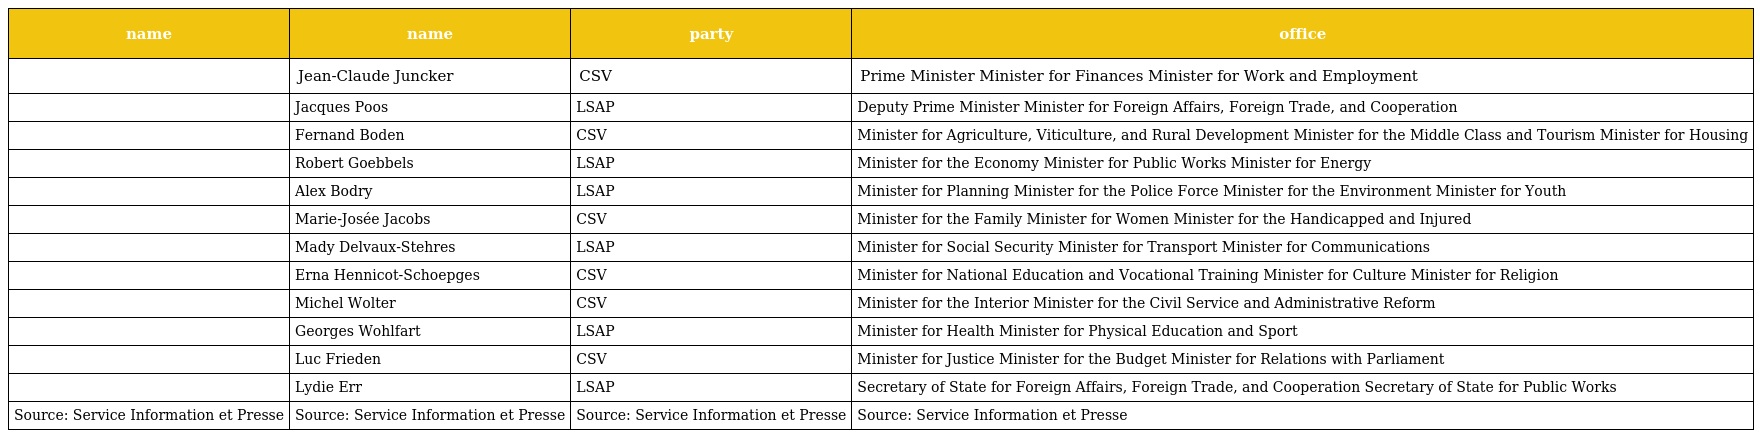
| name | name | party | office |
 | --- | --- | --- | --- |
 |  | Jean-Claude Juncker | CSV | Prime Minister Minister for Finances Minister for Work and Employment |
 |  | Jacques Poos | LSAP | Deputy Prime Minister Minister for Foreign Affairs, Foreign Trade, and Cooperation |
 |  | Fernand Boden | CSV | Minister for Agriculture, Viticulture, and Rural Development Minister for the Middle Class and Tourism Minister for Housing |
 |  | Robert Goebbels | LSAP | Minister for the Economy Minister for Public Works Minister for Energy |
 |  | Alex Bodry | LSAP | Minister for Planning Minister for the Police Force Minister for the Environment Minister for Youth |
 |  | Marie-Josée Jacobs | CSV | Minister for the Family Minister for Women Minister for the Handicapped and Injured |
 |  | Mady Delvaux-Stehres | LSAP | Minister for Social Security Minister for Transport Minister for Communications |
 |  | Erna Hennicot-Schoepges | CSV | Minister for National Education and Vocational Training Minister for Culture Minister for Religion |
 |  | Michel Wolter | CSV | Minister for the Interior Minister for the Civil Service and Administrative Reform |
 |  | Georges Wohlfart | LSAP | Minister for Health Minister for Physical Education and Sport |
 |  | Luc Frieden | CSV | Minister for Justice Minister for the Budget Minister for Relations with Parliament |
 |  | Lydie Err | LSAP | Secretary of State for Foreign Affairs, Foreign Trade, and Cooperation Secretary of State for Public Works |
 | Source: Service Information et Presse | Source: Service Information et Presse | Source: Service Information et Presse | Source: Service Information et Presse |